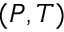
( P , T )